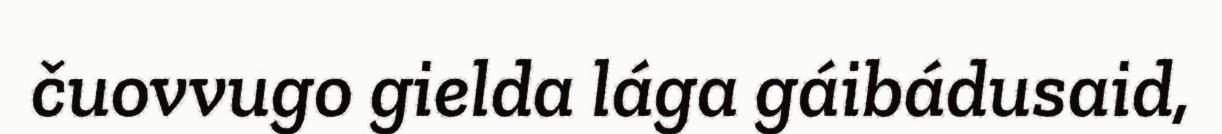
čuovvugo gielda lága gáibádusaid,